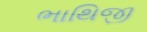
ભાથિજી